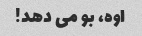
اوه، بو می دهد!